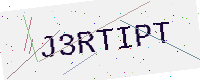
Text: J3RTIPT